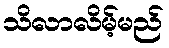
သိလာလိမ့်မည်